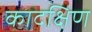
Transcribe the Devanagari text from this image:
कादक्षिण